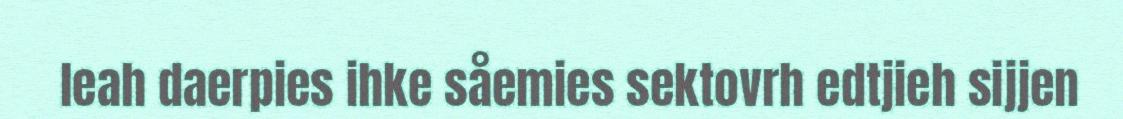
leah daerpies ihke såemies sektovrh edtjieh sijjen